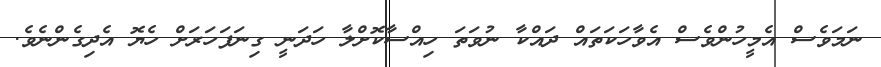
ނަމަވެސް އެމީހުންވެސް އެވާހަކަތައް ދައްކާ ނުވަތަ ހިއްސާކޮށްލާ ހަދަނީ ގިނަފަހަރަށް ހެޔޮ އެދިގެންނެވެ.